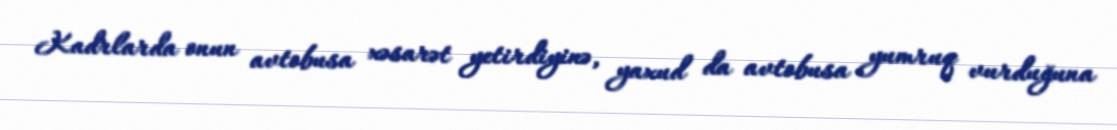
Kadrlarda onun avtobusa xəsarət yetirdiyinə, yaxud da avtobusa yumruq vurduğuna